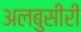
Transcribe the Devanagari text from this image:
अलबुसीरी